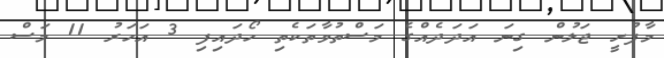
މާފުށީ ޖަލުން ގިނަ އަދަދެއްގެ މަސްތުވާތަކެތި ހޯދައިފި 3 އަހަރު 11 މަސް